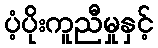
ပံ့ပိုးကူညီမှုနှင့်